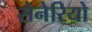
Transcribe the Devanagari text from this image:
सेनेरियो